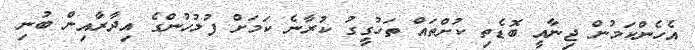
އެހެންކަމުން ޖިނާއީ ބޮޑެތި ކުށްތައް ތަހުގީގު ކުރާނެ ކަަމަށް ފުލުހުންގެ އިދާރާއިން ބުނި